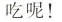
吃呢！